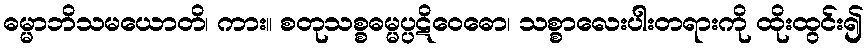
ဓမ္မာဘိသမယောတိ၊ ကား။ စတုသစ္စဓမ္မပ္ပဋိဝေဓော၊ သစ္စာလေးပါးတရားကို ထိုးထွင်း၍